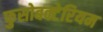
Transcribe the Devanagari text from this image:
फुसोबक्टेरियम